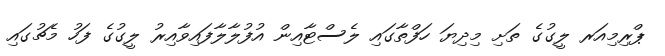
ޕްރިމިއަރ ލީގުގެ ތަށި މިދިޔަ ހަފްތާގައި ލެސްޓާއިން އުފުލާލާފައިވާއިރު ލީގުގެ ފަހު މެޗުގައި